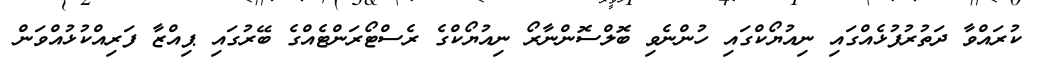
ކުރައްވާ ދަތުރުފުޅެއްގައި ނިއުޔޯކްގައި ހުންނެވި ބޮލްސޮންނާރޯ ނިއުޔޯކްގެ ރެސްޓޯރަންޓެއްގެ ބޭރުގައި ޕިއްޒާ ފަރިއްކުޅުއްވަން